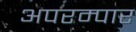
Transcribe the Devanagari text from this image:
अपरम्पार